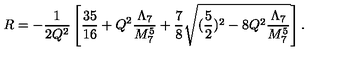
R = - \frac { 1 } { 2 Q ^ { 2 } } \left[ \frac { 3 5 } { 1 6 } + Q ^ { 2 } \frac { \Lambda _ { 7 } } { M _ { 7 } ^ { 5 } } + \frac { 7 } { 8 } \sqrt { ( \frac { 5 } { 2 } ) ^ { 2 } - 8 Q ^ { 2 } \frac { \Lambda _ { 7 } } { M _ { 7 } ^ { 5 } } } \right] .